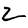
Digit: 2